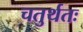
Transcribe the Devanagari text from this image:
चतुर्थतः